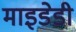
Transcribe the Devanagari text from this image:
माइडेडी